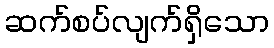
ဆက်စပ်လျက်ရှိသော